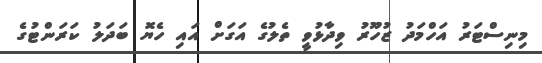
މިނިސްޓަރު އަހްމަދު ޒުހޫރު ވިދާޅުވީ ތެލުގެ އަގަށް އައި ހެޔޮ ބަދަލު ކަރަންޓުގެ